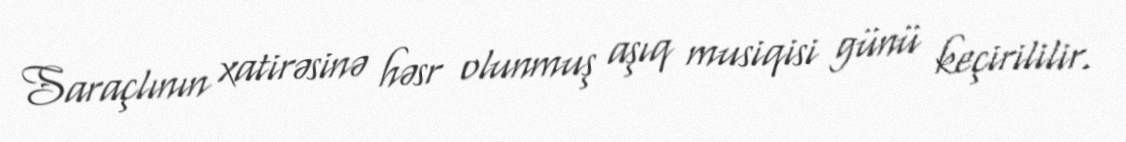
Saraçlının xatirəsinə həsr olunmuş aşıq musiqisi günü keçirililir.